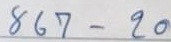
867 - 20